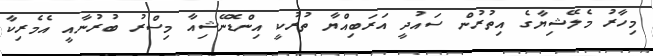
މިހާރު މެލޭޝިޔާގެ އިތުރުން ސައުދީ އަރަބިއްޔާ ތުރުކީ އިންޑޮނޭޝިއާ މިސްރު ބުރުނާއީ އެމެރިކާ